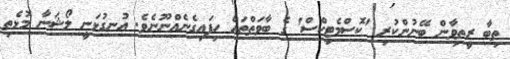
ތިބާ ރީތިވާން ބޭނުންކުރި 'ކޮސްމެޓިކްސް' ގެ ބާވަތްތައް ހިފައިގެނެއްނޫނެވެ. އުނގުޅަނީ ލޯޝަނާ މޮޅެތި